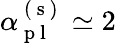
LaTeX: \alpha_{\mathrm{~p~l~}}^{\mathrm{~(~s~)~}}\simeq 2